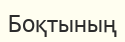
Боқтының